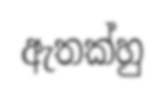
ඇතක්හු